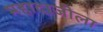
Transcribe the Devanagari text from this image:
महादाजीला